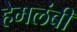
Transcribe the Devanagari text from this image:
हेमलंबी